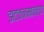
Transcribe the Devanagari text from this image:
झटकजमावच्या